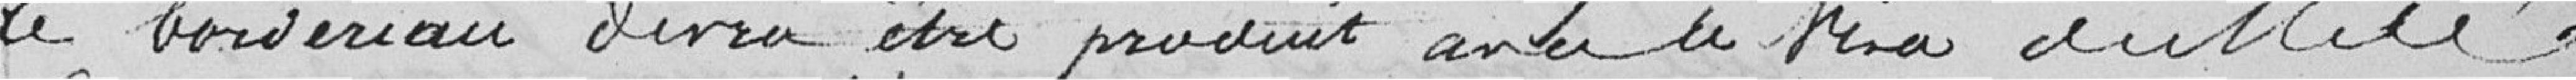
le bordereau devra être produit avec le visa dudit